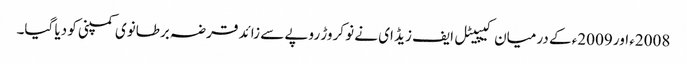
2008ء اور 2009ء کے درمیان کیپیٹل ایف زیڈ ای نے نو کروڑ روپے سے زائد قرضہ برطانوی کمپنی کو دیا گیا۔